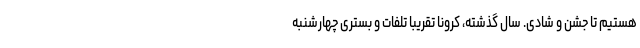
هستیم تا جشن و شادی. سال گذشته، کرونا تقریبا تلفات و بستری چهارشنبه